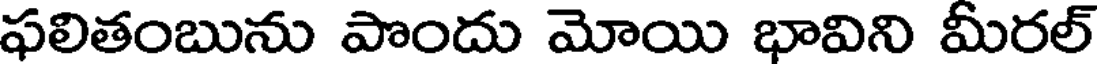
ఫలితంబును పొందు మోయి భావిని మీరల్